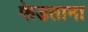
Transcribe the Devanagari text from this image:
फेडताना